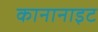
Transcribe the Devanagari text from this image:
कानानाइट